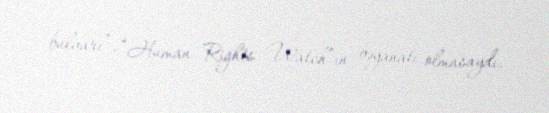
bulvarı”, “Human Rights Watch”ın bəyanatı olmasaydı.